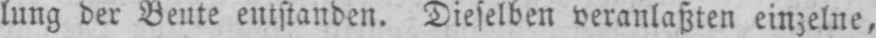
lung der Beute entstanden. Dieselben veranlaßten einzelne,